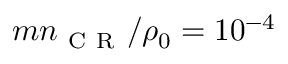
m n _ { \mathrm { ~ C ~ R ~ } } / \rho _ { 0 } = 1 0 ^ { - 4 }